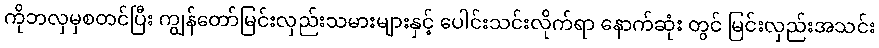
ကိုဘလှမှစတင်ပြီး ကျွန်တော်မြင်းလှည်းသမားများနှင့် ပေါင်းသင်းလိုက်ရာ နောက်ဆုံး တွင် မြင်းလှည်းအသင်း